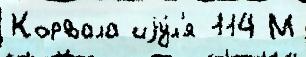
Корвала иjу́л'я 114 М